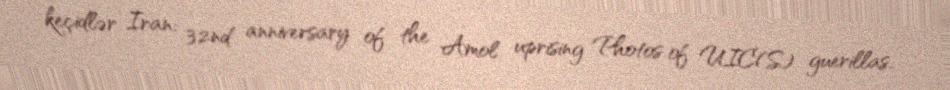
keçidlər Iran: 32nd anniversary of the Amol uprising Photos of UIC(S) guerillas.